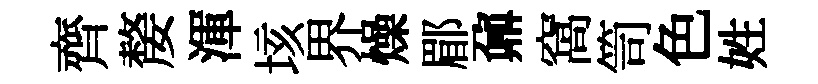
齊嫠渾垓界燥郿鼐窩笥色姓